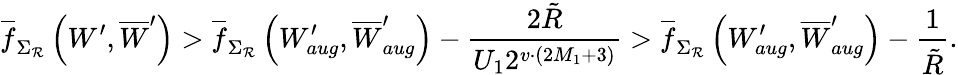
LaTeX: \overline{{f}}_{\Sigma_{\mathcal{R}}}\left(W^{\prime},\overline{{W}}^{\prime}\right)>\overline{{f}}_{\Sigma_{\mathcal{R}}}\left(W_{aug}^{\prime},\overline{{W}}_{aug}^{\prime}\right)-\frac{2\tilde{R}}{U_{1}2^{v\cdot\left(2M_{1}+3\right)}}>\overline{{f}}_{\Sigma_{\mathcal{R}}}\left(W_{aug}^{\prime},\overline{{W}}_{aug}^{\prime}\right)-\frac{1}{\tilde{R}}.